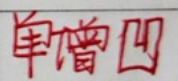
单增凹